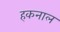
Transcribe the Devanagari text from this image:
हकनाल